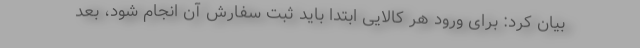
بیان کرد: برای ورود هر کالایی ابتدا باید ثبت سفارش آن انجام شود، بعد